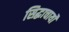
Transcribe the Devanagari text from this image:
सिद्धाचार्यों